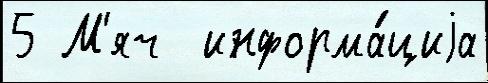
5 М'яч  информа́циjа